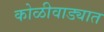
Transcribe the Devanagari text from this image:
कोळीवाड्यात